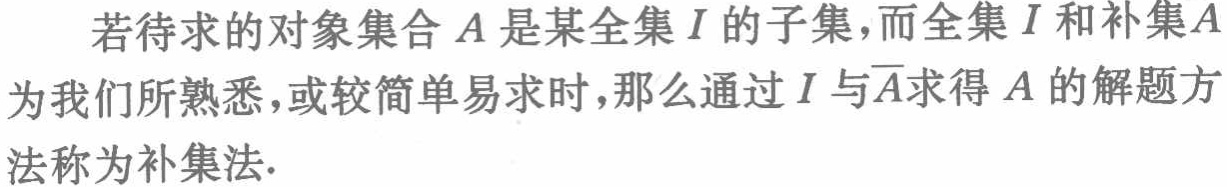
若待求的对象集合\(A\)是某全集\(I\)的子集，而全集\(I\)和补集\(\overline{A}\)为我们所熟悉，或较简单易求时，那么通过\(I\)与\(\overline{A}\)求得\(A\)的解题方法称为补集法.